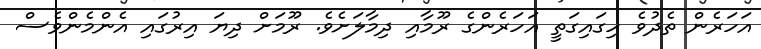
އަހަރެން ތެދުވެ ހިގައިގަތީ އަހަރެންގެ ރޫމާއި ދިމާލަށެވެ. ރޫމަށް ދިޔަ އިރުގައި އެންމެންވެސް